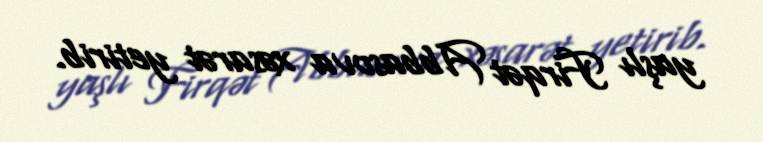
yaşlı Firqət Abbasova xəsarət yetirib.